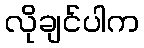
လိုချင်ပါက